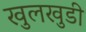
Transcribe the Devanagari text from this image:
खुलखुडी